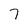
Character: 7